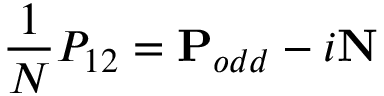
\frac { 1 } { N } P _ { 1 2 } = \mathbf { P } _ { o d d } - i \mathbf { N }